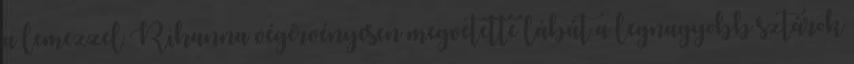
a lemezzel Rihanna végérvényesen megvetette lábát a legnagyobb sztárok